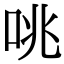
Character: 咷